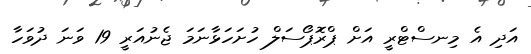
އަދި އެ މިނސްޓްރީ އަށް ޕްރޮޕޯސަލް ހުށަހަޅާނަމަ ޖެނުއަރީ 19 ވަނަ ދުވަހާ